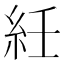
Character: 紝